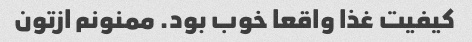
کیفیت غذا واقعا خوب بود. ممنونم ازتون